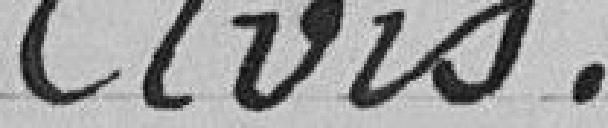
Avis.